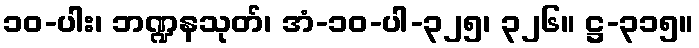
၁၀-ပါး၊ ဘဏ္ဍနသုတ်၊ အံ-၁၀-ပါ-၃၂၅၊ ၃၂၆။ ဋ္ဌ-၃၁၅။